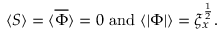
\langle S \rangle = \langle \overline { { \Phi } } \rangle = 0 \, \, \mathrm { a n d } \, \, \langle | \Phi | \rangle = \xi _ { x } ^ { \frac { 1 } { 2 } } .